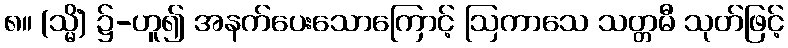
၈။ (သ္မိံ) ၌-ဟူ၍ အနက်ပေးသောကြောင့် ဩကာသေ သတ္တမီ သုတ်ဖြင့်